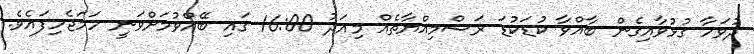
ދުވަހާ ގުޅުވާއިގެން ބާއްވާ ކުޑަކުޑަ ރަސްމިއްޔާތެއް މިއަދު 16:00 ގައި ބޭއްވުމަށްވަނީ ހަމަޖެހިފައެވެ.